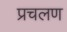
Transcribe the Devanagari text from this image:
प्रचलण